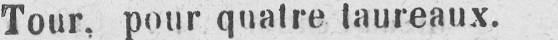
Tour, pour quatre taureaux.